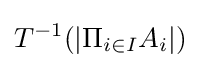
T^{-1}(|\Pi _{i\in I}A_{i}|)